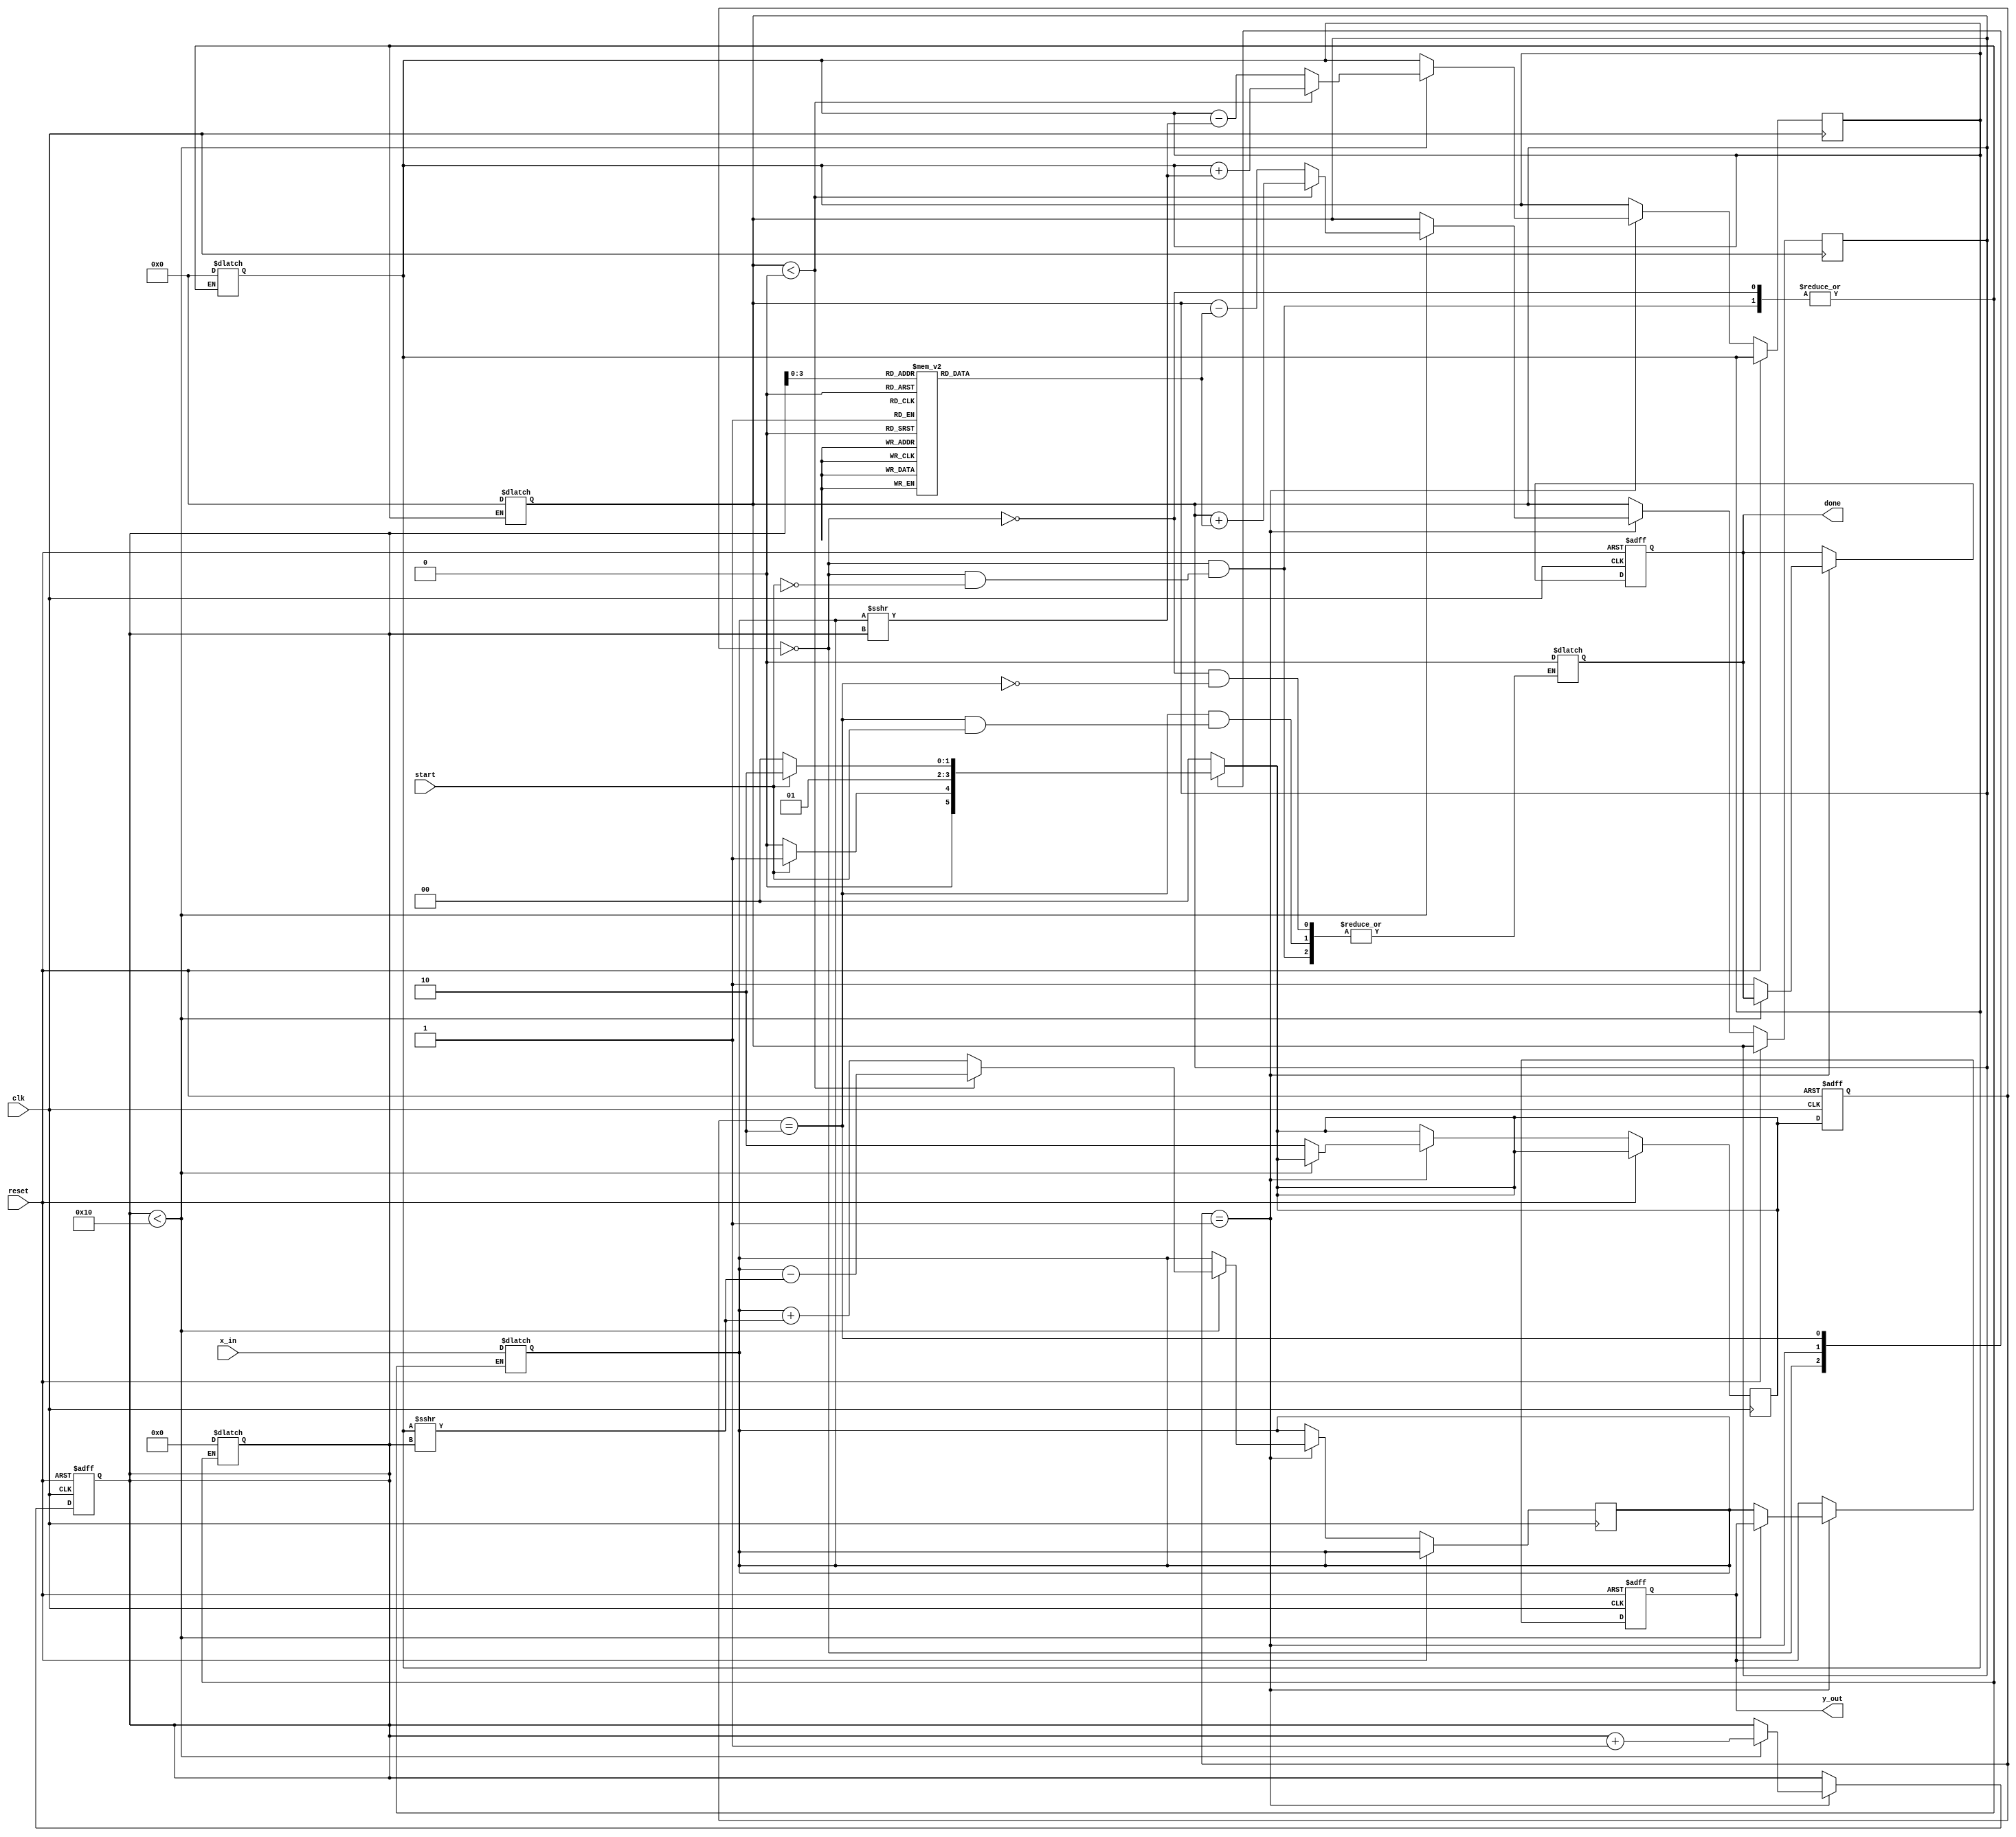
module cordic_exponential #(
    parameter X_IN_WIDTH = 16,  // Input width for exponent
    parameter Y_OUT_WIDTH = 16,  // Output width for result
    parameter CORDIC_ITERATIONS = 16 // Number of CORDIC iterations
)(
    input clk,
    input reset,
    input start,
    input [X_IN_WIDTH-1:0] x_in,
    output reg [Y_OUT_WIDTH-1:0] y_out,
    output reg done
);

// Constants for CORDIC
reg [X_IN_WIDTH-1:0] angle_lut [0:CORDIC_ITERATIONS-1]; // Lookup table for arctan values
initial begin
    // Initialize the angle lookup table with arctan(2^-i) values
    angle_lut[0] = 16'h1C71; // atan(0.5) in fixed point
    angle_lut[1] = 16'h0FB3; // atan(0.25)
    angle_lut[2] = 16'h0519; // atan(0.125)
    // Add more precomputed values as required...
end

// State Definitions
localparam IDLE = 2'b00;
localparam RUNNING = 2'b01;
localparam DONE = 2'b10;
reg [1:0] state, next_state;

// Registers
reg [Y_OUT_WIDTH-1:0] x_reg, y_reg; // X and Y registers
reg [X_IN_WIDTH-1:0] z_reg; // Z register to hold accumulated angle
reg [4:0] iteration_count; // Iteration counter

// Control logic
always @(posedge clk or posedge reset) begin
    if (reset) begin
        state <= IDLE;
        done <= 0;
        y_out <= 0;
        iteration_count <= 0;
    end else begin
        state <= next_state;
        if (state == RUNNING) begin
            // Update X and Y registers based on CORDIC calculations
            // Compute the next values for X, Y, Z based on the current iteration
            if (iteration_count < CORDIC_ITERATIONS) begin
                if (z_reg < 0) begin
                    // Rotate clockwise
                    y_reg <= y_reg + (x_reg >>> iteration_count); // Shift and add/subtract
                    x_reg <= x_reg - (y_reg >>> iteration_count);
                    z_reg <= z_reg + angle_lut[iteration_count];
                end else begin
                    // Rotate counterclockwise
                    y_reg <= y_reg - (x_reg >>> iteration_count);
                    x_reg <= x_reg + (y_reg >>> iteration_count);
                    z_reg <= z_reg - angle_lut[iteration_count];
                end
                iteration_count <= iteration_count + 1;
            end else begin
                // Finished iterations
                y_out <= x_reg; // The result is stored in x_reg
                done <= 1;
                next_state <= DONE;
            end
        end
    end
end

// State Machine
always @(*) begin
    case (state)
        IDLE: begin
            if (start) begin
                // Initialize registers for computation
                x_reg = {1'b1, x_in}; // Scale input as needed
                y_reg = 0;
                z_reg = 0;
                iteration_count = 0;
                next_state = RUNNING;
                done = 0;
            end else begin
                next_state = IDLE;
            end
        end
        RUNNING: begin
            next_state = RUNNING;
        end
        DONE: begin
            if (!start) begin
                next_state = IDLE;
                done = 0; // Reset done signal
            end else begin
                next_state = DONE;
            end
        end
        default: next_state = IDLE;
    endcase
end

endmodule